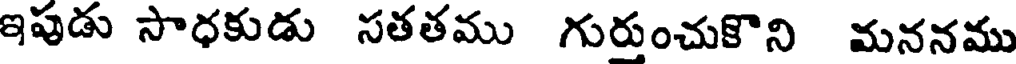
ఇపుడు సాధకుడు సతతము గురుంచుకొని మననము